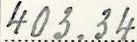
403.34